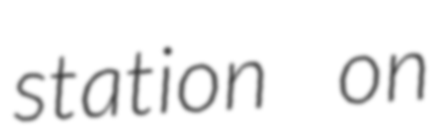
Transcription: station on